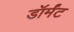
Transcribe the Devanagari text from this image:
डॉर्मंट